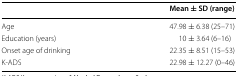
|  | Mean ± SD (range) |
 | --- | --- |
 | Age | 47.98 ± 6.38 (25–71) |
 | Education (years) | 10 ± 3.64 (6–16) |
 | Onset age of drinking | 22.35 ± 8.51 (15–53) |
 | K-ADS | 22.98 ± 12.27 (0–46) |